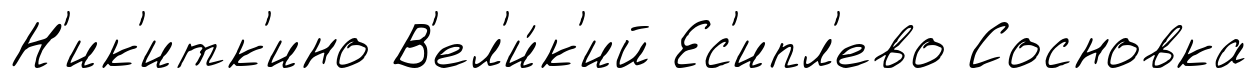
Н'ик'итк'ино В'ел'и́к'ий Ес'ипл'ево Сосновка